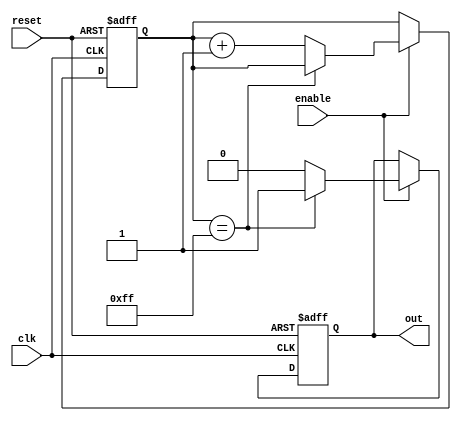
module rc_delay_block (
    input wire clk,
    input wire reset,
    input wire enable,
    output reg out
);

reg [7:0] delay_counter;

always @(posedge clk or posedge reset) begin
    if (reset) begin
        delay_counter <= 8'b00000000;
        out <= 1'b0;
    end else if (enable) begin
        if (delay_counter == 8'b11111111) begin
            out <= 1'b1;
        end else begin
            delay_counter <= delay_counter + 1;
            out <= 1'b0;
        end
    end
end

endmodule